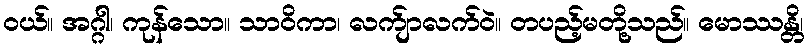
ဝယ်။ အဂ္ဂါ၊ ကုန်သော။ သာဝိကာ၊ လက်ျာလက်ဝဲ။ တပည့်မတို့သည်။ မောဿန္တိ၊